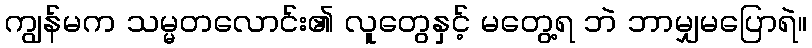
ကျွန်မက သမ္မတလောင်း၏ လူတွေနှင့် မတွေ့ရ ဘဲ ဘာမျှမပြောရဲ။